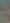
-